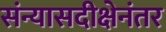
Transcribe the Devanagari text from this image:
संन्यासदीक्षेनंतर